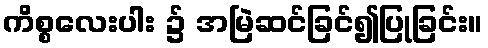
ကိစ္စလေးပါး ၌ အမြဲဆင်ခြင်၍ပြုခြင်း။